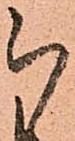
被